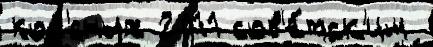
кол'́сных 2011 сов'е́тск'им